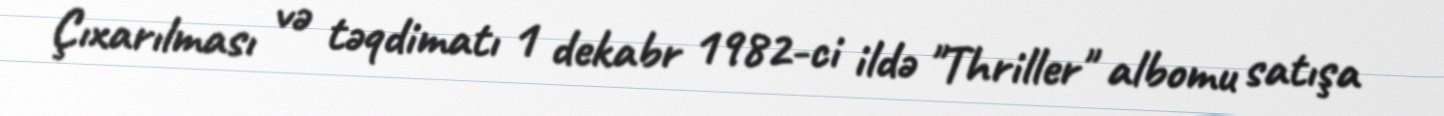
Çıxarılması və təqdimatı 1 dekabr 1982-ci ildə "Thriller" albomu satışa